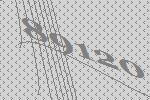
89120